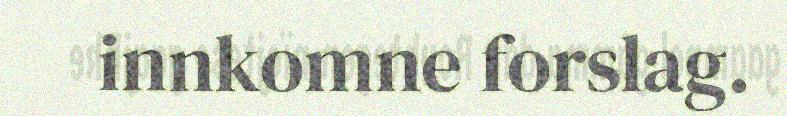
innkomne forslag.